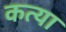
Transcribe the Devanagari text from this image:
कत्या